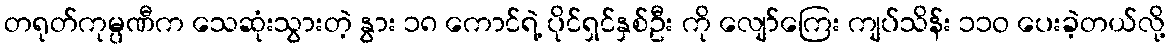
တရုတ်ကုမ္ပဏီက သေဆုံးသွားတဲ့ နွား ၁၈ ကောင်ရဲ့ ပိုင်ရှင်နှစ်ဦး ကို လျော်ကြေး ကျပ်သိန်း ၁၁ဝ ပေးခဲ့တယ်လို့